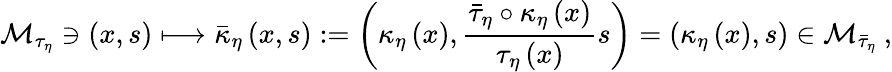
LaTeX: \mathcal{M}_{\tau_{\eta}}\ni\left(x,s\right)\longmapsto\bar{\kappa}_{\eta}\left(x,s\right):=\left(\kappa_{\eta}\left(x\right),\frac{\bar{\tau}_{\eta}\circ\kappa_{\eta}\left(x\right)}{\tau_{\eta}\left(x\right)}s\right)=\left(\kappa_{\eta}\left(x\right),s\right)\in\mathcal{M}_{\bar{\tau}_{\eta}}\ ,